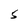
Character: S